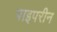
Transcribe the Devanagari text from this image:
पाइपरीन